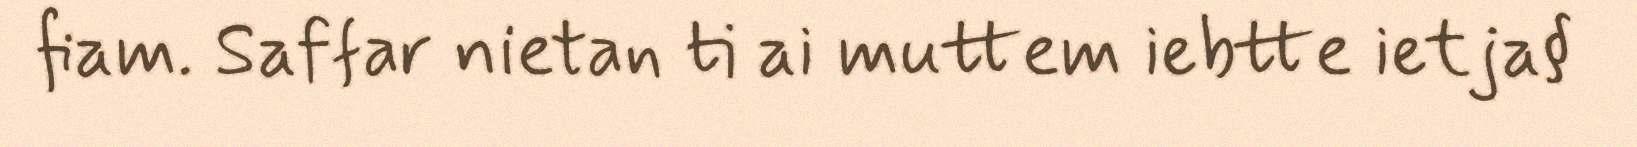
fiam. Saffar nietan ti ai muttem iebtte ietja§